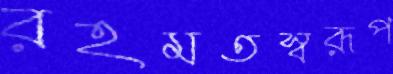
রহমতস্বরূপ